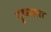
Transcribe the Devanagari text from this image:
गुच्छाला